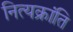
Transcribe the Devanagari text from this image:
नित्यक्रांति